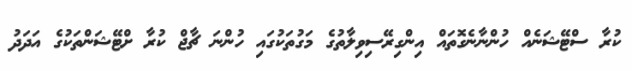
ކުރާ ސްޓޭޝަނެއް ހުންނާނެގޮތައް އިންގިރޭސިވިލާތުގެ މަގުތަކުގައި ހުންނަ ޗާޖް ކުރާ ށްޓޭޝަންތަކުގެ އަދަދު